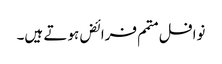
نوافل متمم فرائض ہوتے ہیں۔